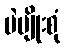
ပဲမျိုးစုံ